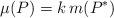
LaTeX: \begin{align*}\mu (P) = k \, m(P^*)\end{align*}